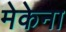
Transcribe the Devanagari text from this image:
मेकेना